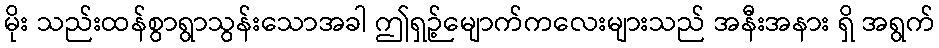
မိုး သည်းထန်စွာရွာသွန်းသောအခါ ဤရှဉ့်မျောက်ကလေးများသည် အနီးအနား ရှိ အရွက်